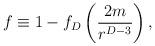
LaTeX: \begin{align*}f\equiv 1-f_D\left({{2m}\over{r^{D-3}}}\right), \end{align*}